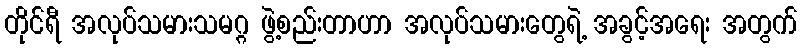
တိုင်ရီ အလုပ်သမားသမဂ္ဂ ဖွဲ့စည်းတာဟာ အလုပ်သမားတွေရဲ့ အခွင့်အရေး အတွက်